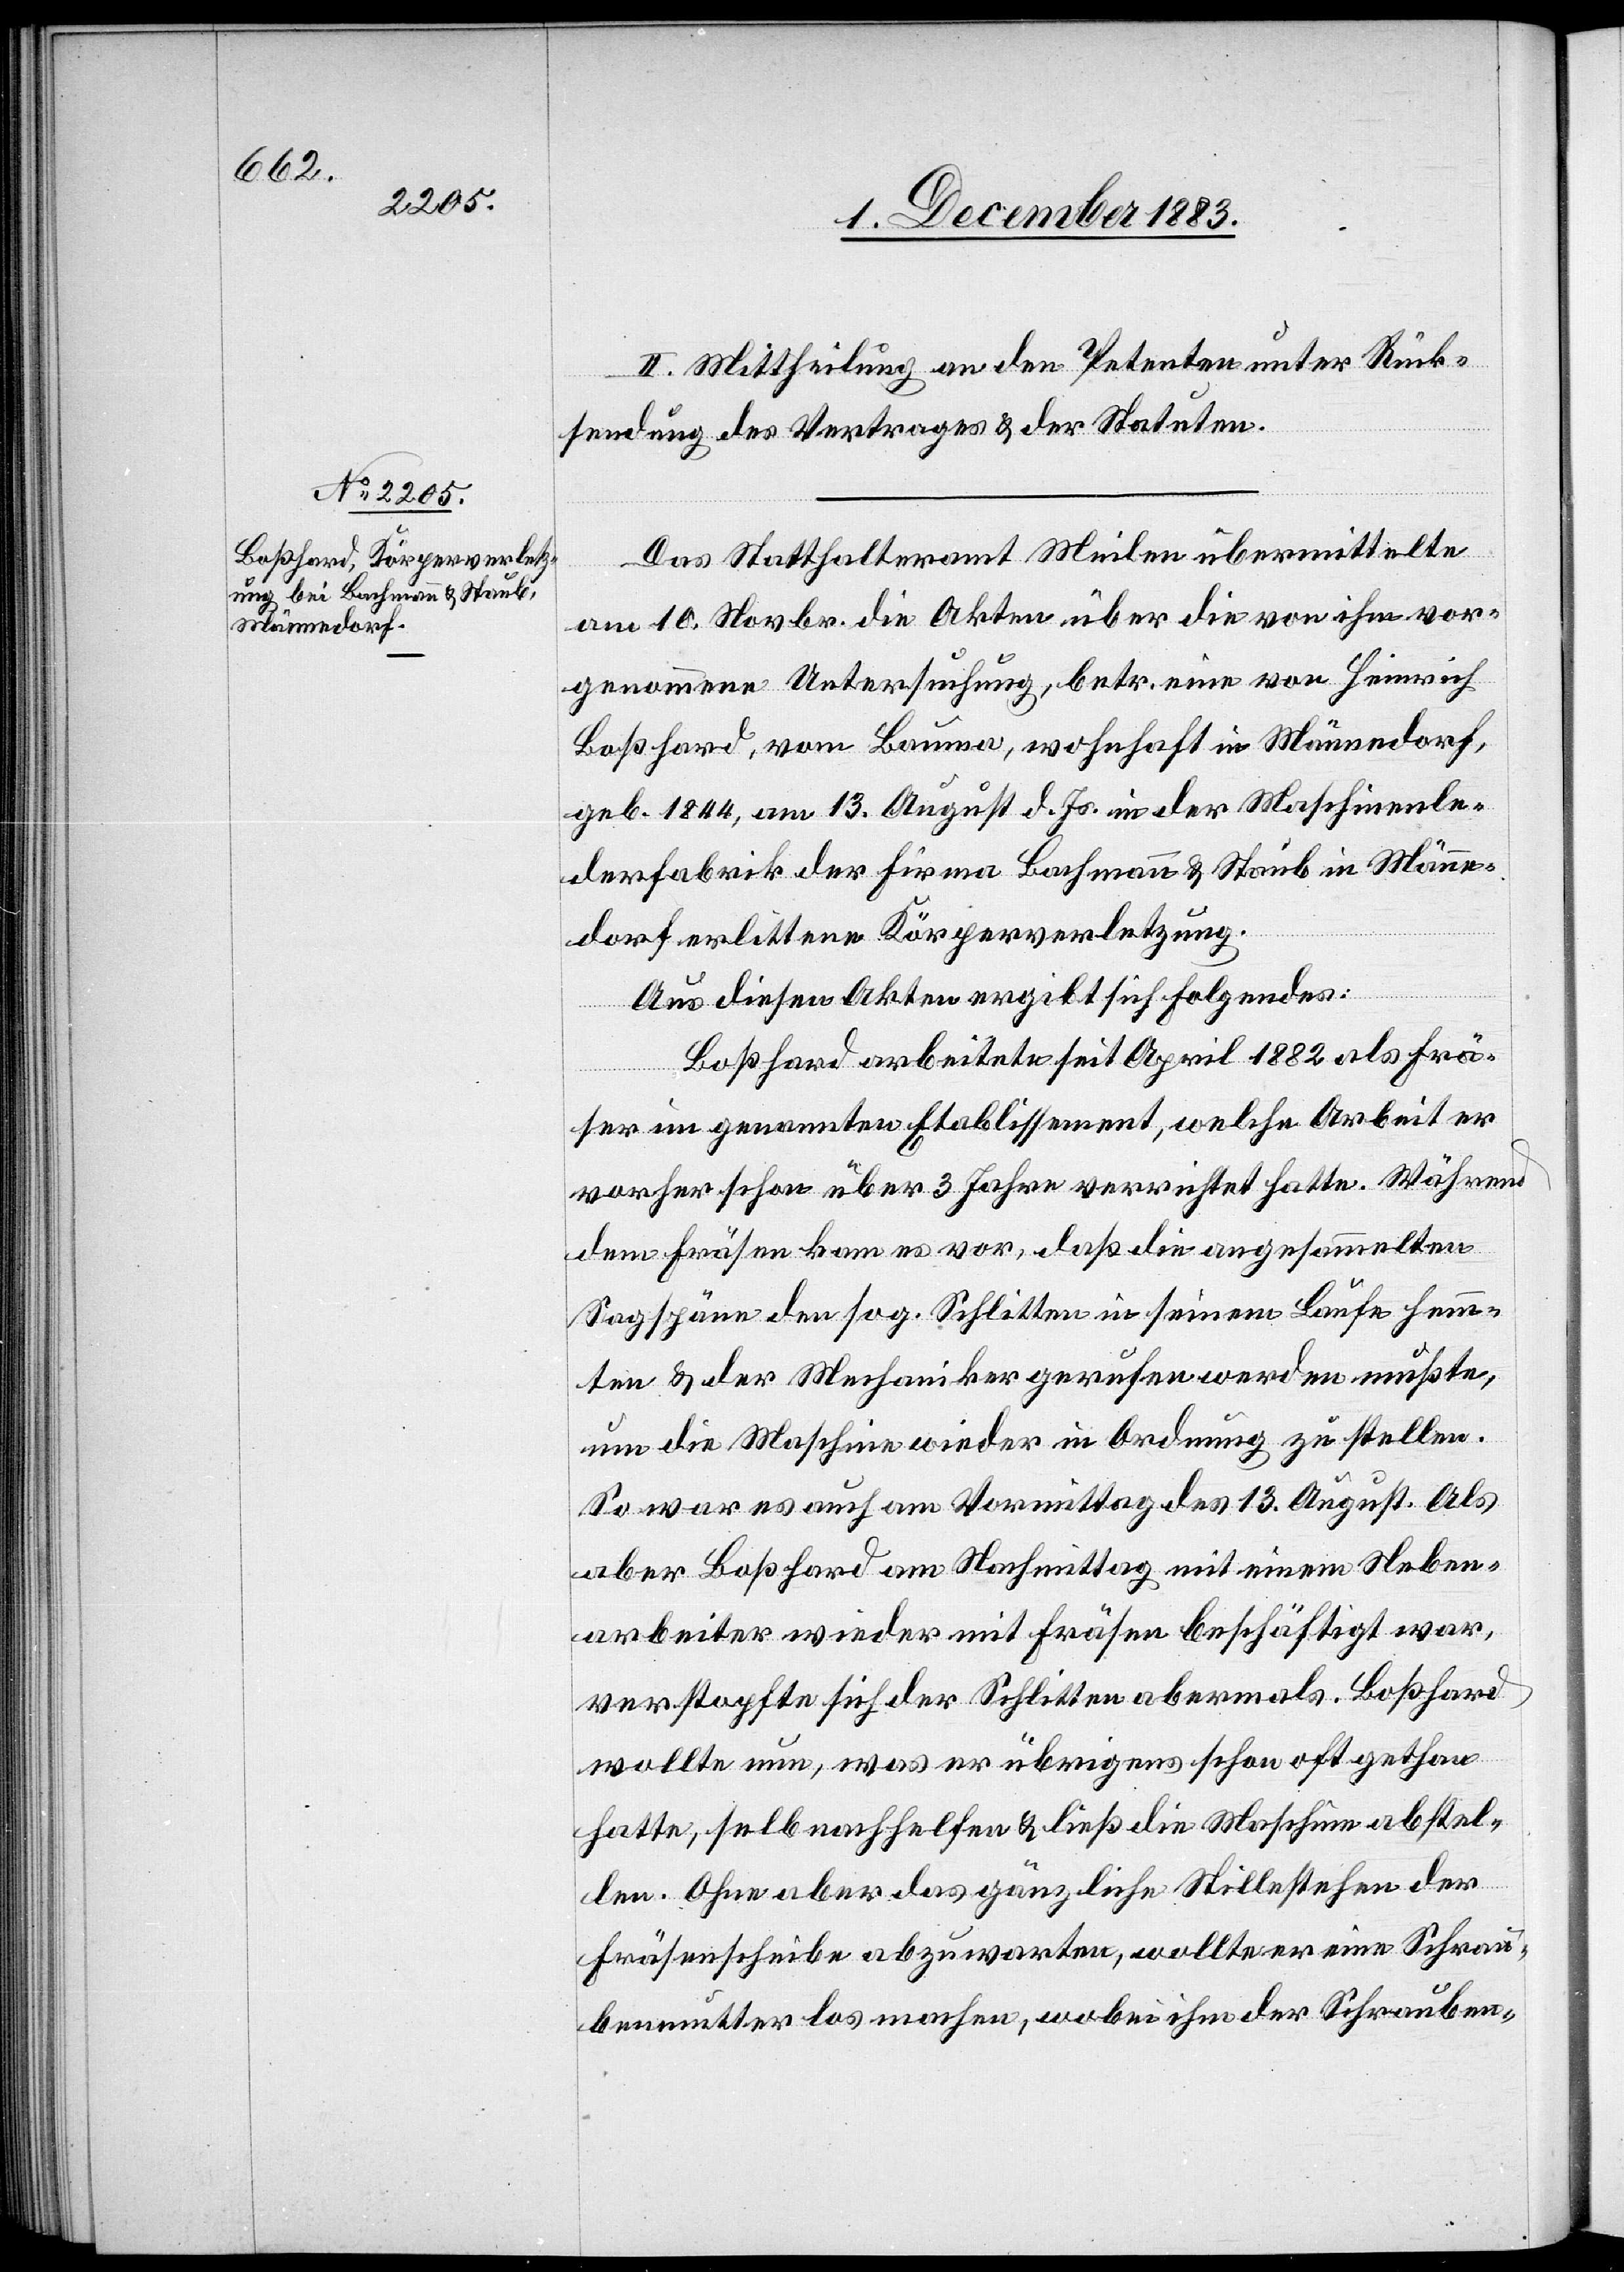
II. Mittheilung an den Petenten unter Rück¬
sendung des Vertrages & der Statuten.
Das Statthalteramt Meilen übermittelte
am 10. Novbr. die Akten über die von ihm vor¬
genommene Untersuchung, betr. eine von Heinrich
Boßhard, von Bauma, wohnhaft in Männedorf,
geb. 1844, am 13. August d. Js. in der Maschinenle¬
derfabrik der Firma Bachmann & Staub in Männe¬
dorf erlittene Körperverletzung.
Aus diesen Akten ergibt sich Folgendes:
Boßhard arbeitete seit April 1882 als Frä¬
ser im genannten Etablissement, welche Arbeit er
vorher schon über 3 Jahre verrichtet hatte. Während
dem Fräsen kam es vor, daß die angesammelten
Sagspäne den sog. Schlitten in seinem Laufe hemm¬
ten & der Mechaniker gerufen werden mußte,
um die Maschine wieder in Ordnung zu stellen.
So war es auch am Vormittag des 13. August. Als
aber Boßhard am Nachmittag mit einem Neben¬
arbeiter wieder mit Fräsen beschäftigt, v¬
erstopfte sich der Schlitten abermals. Boßhard
wollte nun, was er übrigens schon oft gethan
hatte, selb[er] nachhelfen & ließ die Maschine abstel¬
len. Ohne aber das gänzliche Stillestehen der
Fräsenscheibe abzuwarten, wollte er eine Schrau¬
benmutter los machen, wobei ihm die Schrauben-